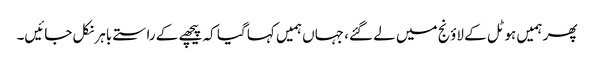
پھر ہمیں ہوٹل کے لاؤنج میں لے گئے، جہاں ہمیں کہا گیا کہ پیچھے کے راستے باہر نکل جائیں۔